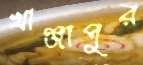
খাঞ্জাপুর